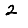
Digit: 2